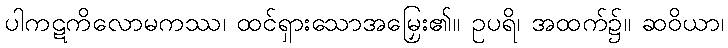
ပါကဋကိလောမကဿ၊ ထင်ရှားသောအမြှေး၏။ ဥပရိ၊ အထက်၌။ ဆဝိယာ၊